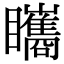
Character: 𥍋